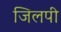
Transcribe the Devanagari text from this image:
जिलपी